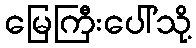
မြေကြီးပေါ်သို့